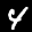
Label: 4